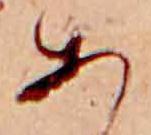
あ